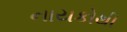
નાયકોથી